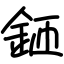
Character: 鉔